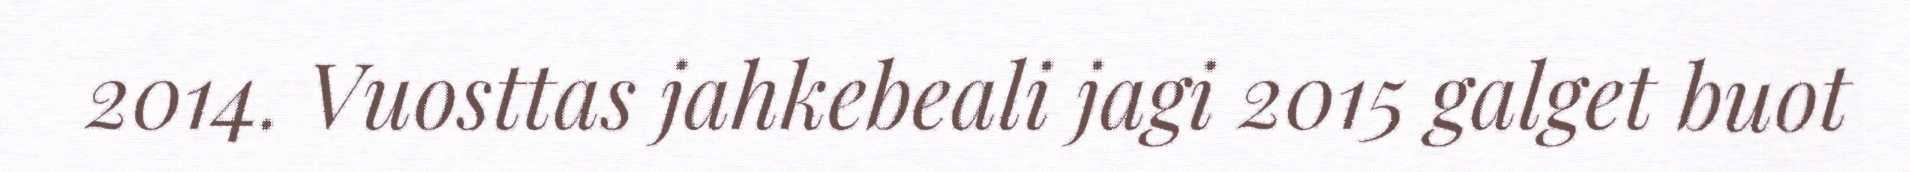
2014. Vuosttas jahkebeali jagi 2015 galget buot